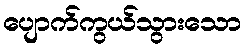
ပျောက်ကွယ်သွားသော